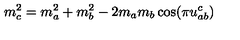
m _ { c } ^ { 2 } = m _ { a } ^ { 2 } + m _ { b } ^ { 2 } - 2 m _ { a } m _ { b } \cos ( \pi u _ { a b } ^ { c } )